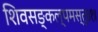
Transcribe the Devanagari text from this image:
शिवसङ्कल्पमस्तु॥१॥